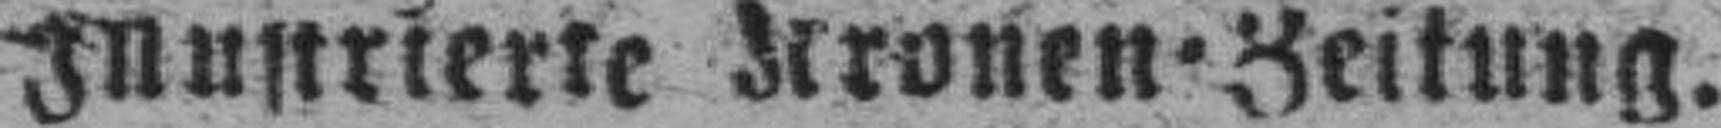
Illustrierte Kronen=Zeitung.